Problem: 6 × 3 = ?
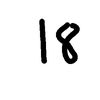
Handwritten answer: 18